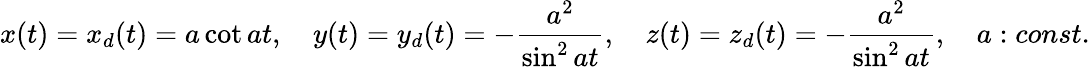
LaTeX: x(t)=x_{d}(t)=a\cot at,\quad y(t)=y_{d}(t)=-{\frac{a^{2}}{\sin^{2}at}},\quad z(t)=z_{d}(t)=-{\frac{a^{2}}{\sin^{2}at}},\quad a:const.